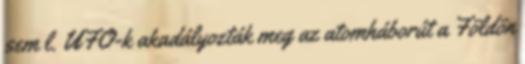
sem l. UFO-k akadályozták meg az atomháborút a Földön